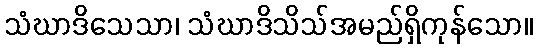
သံဃာဒိသေသာ၊ သံဃာဒိသိသ်အမည်ရှိကုန်သော။